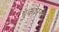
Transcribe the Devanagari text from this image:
पुकारना।